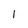
Character: I